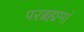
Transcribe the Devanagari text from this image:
परब्रह्ममां